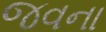
જવના